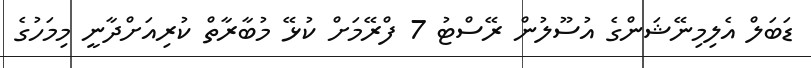
ޑަބަލް އެލިމިނޭޝަންގެ އުސޫލުން ރޭސްޓު 7 ފްރޭމަށް ކުޅޭ މުބާރާތް ކުރިއަށްދާނީ މިމަހުގެ